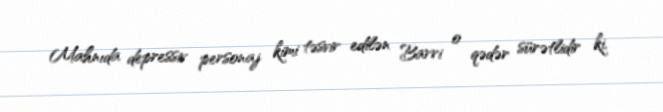
Mahnıda depressiv personaj kimi təsvir edilən Barri o qədər sürətlidir ki,